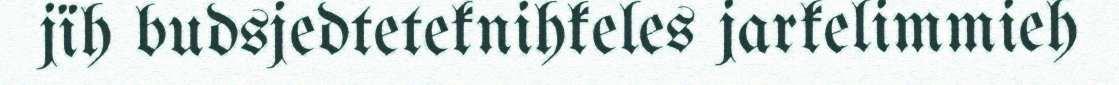
jïh budsjedteteknihkeles jarkelimmieh